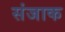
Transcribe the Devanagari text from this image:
संजाक